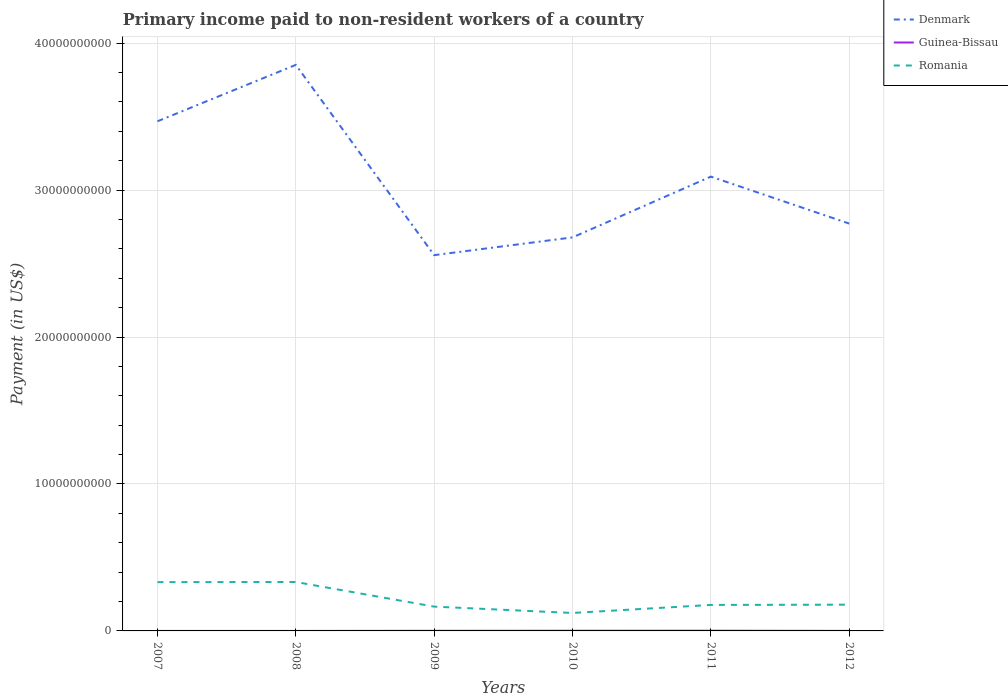
| Years | Denmark | Guinea-Bissau | Romania |
 | --- | --- | --- | --- |
 | 2007 | 3.47e+10 | 4.4e+05 | 3.32e+09 |
 | 2008 | 3.85e+10 | 1.8e+05 | 3.33e+09 |
 | 2009 | 2.56e+10 | 8.64e+06 | 1.65e+09 |
 | 2010 | 2.68e+10 | 1.32e+07 | 1.22e+09 |
 | 2011 | 3.09e+10 | 1.53e+07 | 1.77e+09 |
 | 2012 | 2.77e+10 | 3.23e+06 | 1.79e+09 |